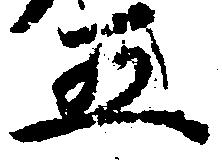
五